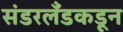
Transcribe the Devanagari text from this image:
संडरलँडकडून